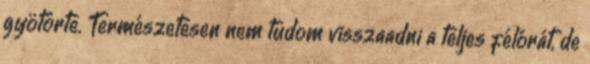
gyötörte. Természetesen nem tudom visszaadni a teljes félórát, de